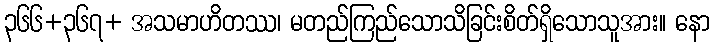
၃၆၆+၃၆၇+ အသမာဟိတဿ၊ မတည်ကြည်သောသိခြင်းစိတ်ရှိသောသူအား။ နော